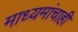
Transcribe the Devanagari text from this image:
माध्यमांचाही